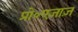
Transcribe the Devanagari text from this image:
प्रो॰एजाज़